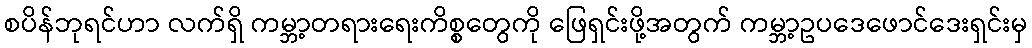
စပိန်ဘုရင်ဟာ လက်ရှိ ကမ္ဘာ့တရားရေးကိစ္စတွေကို ဖြေရှင်းဖို့အတွက် ကမ္ဘာ့ဥပဒေဖောင်ဒေးရှင်းမှ